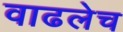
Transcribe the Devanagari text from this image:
वाढलेच